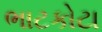
ભાટકોટા